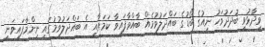
ވިދާޅުވީ ބުދަދުވަހު ނިއުގެ ބޯޑުގެ ބައްދަލުވުމެއް ބާއްވާފައިވާ ކަމަށާއި އެ ބައްދަލުވުމުގައި ނިންމާފައިވަނީ